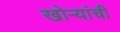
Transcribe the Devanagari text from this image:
खोऱ्यांची